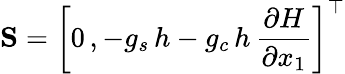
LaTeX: {\mathbf S}=\left[0\, ,-g_{s}\, {h}-g_{c}\, {h}\, \frac{\partial{H}}{\partial{x}_{1}}\right]^{\top}